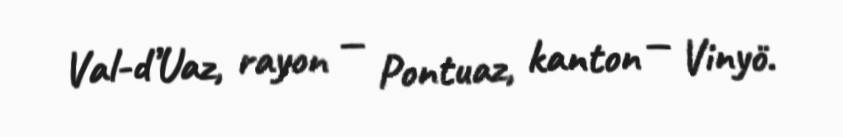
Val-d’Uaz, rayon — Pontuaz, kanton — Vinyö.